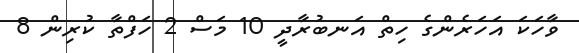
ވާހަކަ އަހަރެންގެ ހިތް އަނބުރާދީ 10 މަސް 2 ހަފްތާ ކުރިން 8